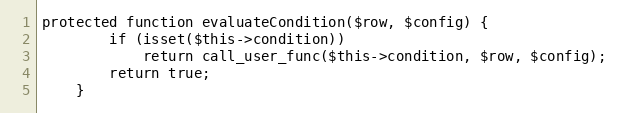
Language: PHP
protected function evaluateCondition($row, $config) {
		if (isset($this->condition))
			return call_user_func($this->condition, $row, $config);
		return true;
	}